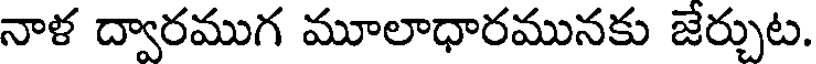
నాళ ద్వారముగ మూలాధారమునకు జేర్చుట.